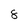
Character: 8